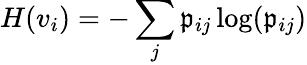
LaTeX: H(v_{i})=-\sum_{j}\mathfrak{p}_{ij}\log(\mathfrak{p}_{ij})